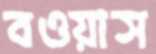
বওয়াস